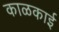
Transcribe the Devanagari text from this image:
काळकाई